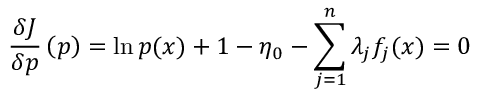
{ \frac { \delta J } { \delta p } } \left( p \right) = \ln { p ( x ) } + 1 - \eta _ { 0 } - \sum _ { j = 1 } ^ { n } \lambda _ { j } f _ { j } ( x ) = 0